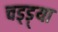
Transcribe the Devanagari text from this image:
चड्ड़्या